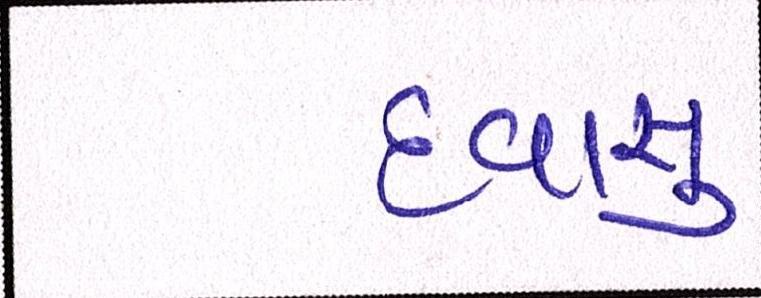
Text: દવાસુ